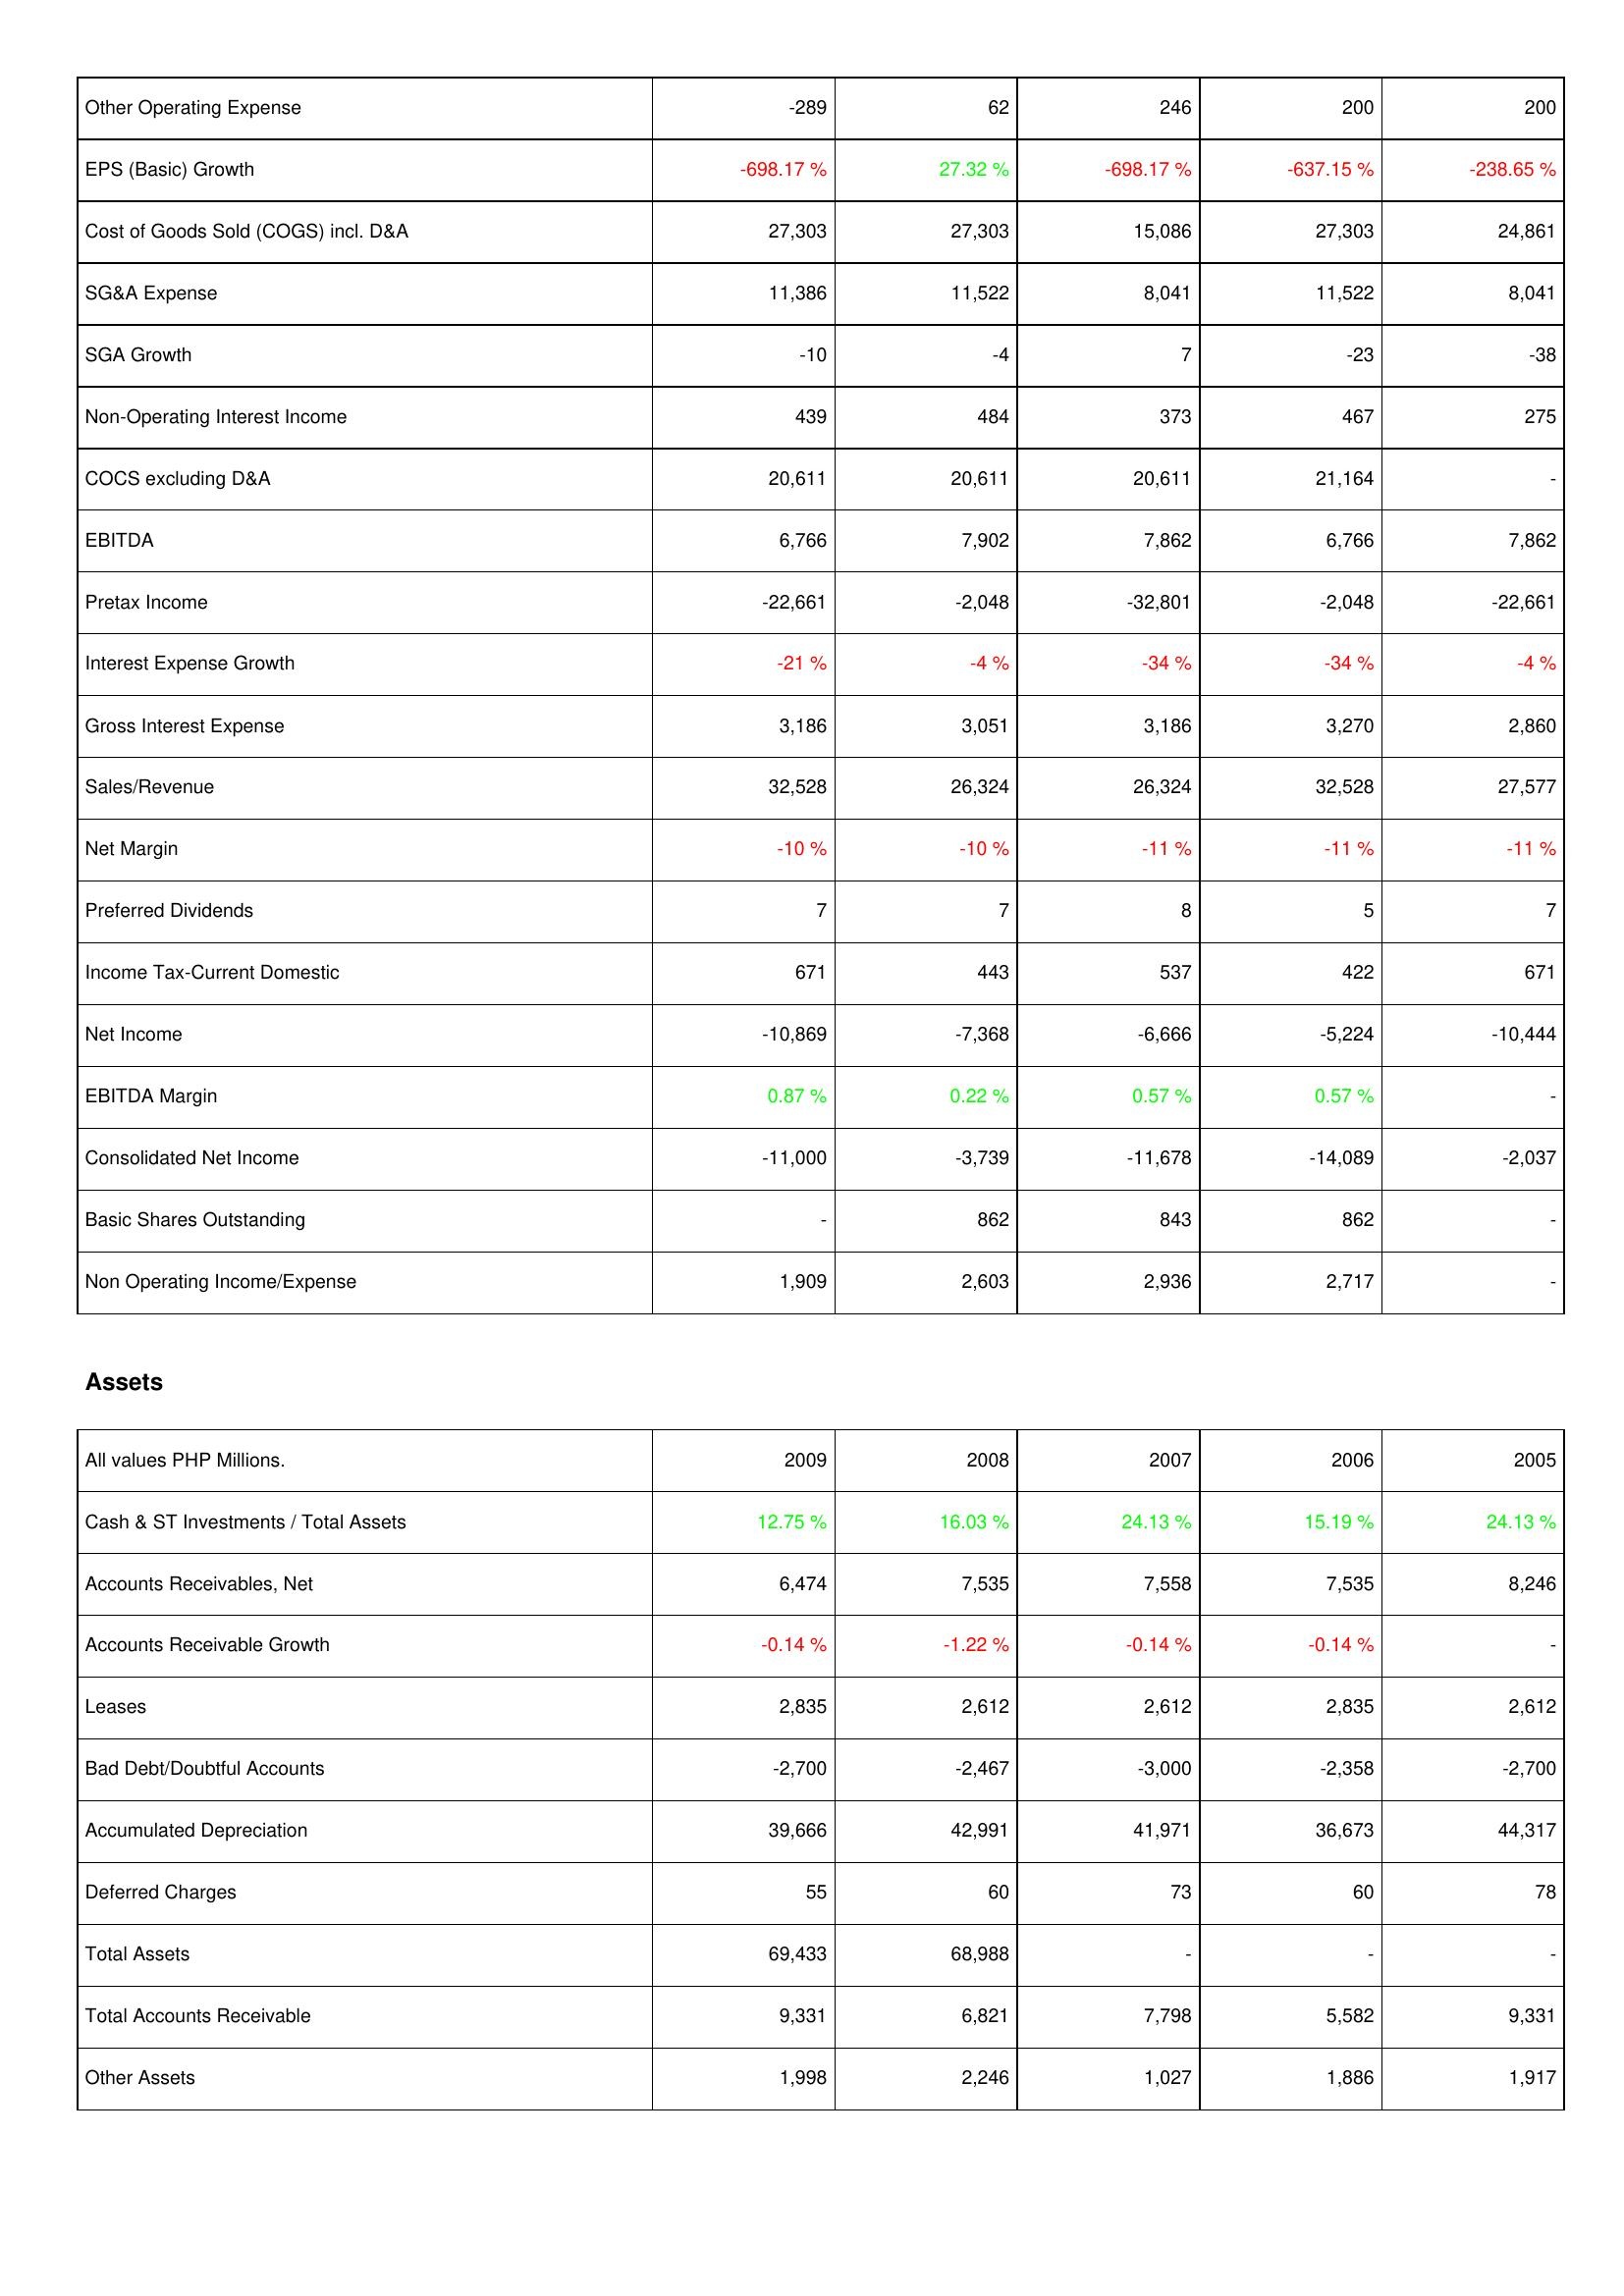
2009: Income Statement: Other Operating Expense: -289
EPS (Basic) Growth: -698.17 %
Cost of Goods Sold (COGS) incl. D&A: 27,303
SG&A Expense: 11,386
SGA Growth: -10
Non-Operating Interest Income: 439
COCS excluding D&A: 20,611
EBITDA: 6,766
Pretax Income: -22,661
Interest Expense Growth: -21 %
Gross Interest Expense: 3,186
Sales/Revenue: 32,528
Net Margin: -10 %
Preferred Dividends: 7
Income Tax-Current Domestic: 671
Net Income: -10,869
EBITDA Margin: 0.87 %
Consolidated Net Income: -11,000
Basic Shares Outstanding: -
Non Operating Income/Expense: 1,909
Assets: Cash & ST Investments / Total Assets: 12.75 %
Accounts Receivables, Net: 6,474
Accounts Receivable Growth: -0.14 %
Leases: 2,835
Bad Debt/Doubtful Accounts: -2,700
Accumulated Depreciation: 39,666
Deferred Charges: 55
Total Assets: 69,433
Total Accounts Receivable: 9,331
Other Assets: 1,998
2008: Income Statement: Other Operating Expense: 62
EPS (Basic) Growth: 27.32 %
Cost of Goods Sold (COGS) incl. D&A: 27,303
SG&A Expense: 11,522
SGA Growth: -4
Non-Operating Interest Income: 484
COCS excluding D&A: 20,611
EBITDA: 7,902
Pretax Income: -2,048
Interest Expense Growth: -4 %
Gross Interest Expense: 3,051
Sales/Revenue: 26,324
Net Margin: -10 %
Preferred Dividends: 7
Income Tax-Current Domestic: 443
Net Income: -7,368
EBITDA Margin: 0.22 %
Consolidated Net Income: -3,739
Basic Shares Outstanding: 862
Non Operating Income/Expense: 2,603
Assets: Cash & ST Investments / Total Assets: 16.03 %
Accounts Receivables, Net: 7,535
Accounts Receivable Growth: -1.22 %
Leases: 2,612
Bad Debt/Doubtful Accounts: -2,467
Accumulated Depreciation: 42,991
Deferred Charges: 60
Total Assets: 68,988
Total Accounts Receivable: 6,821
Other Assets: 2,246
2007: Income Statement: Other Operating Expense: 246
EPS (Basic) Growth: -698.17 %
Cost of Goods Sold (COGS) incl. D&A: 15,086
SG&A Expense: 8,041
SGA Growth: 7
Non-Operating Interest Income: 373
COCS excluding D&A: 20,611
EBITDA: 7,862
Pretax Income: -32,801
Interest Expense Growth: -34 %
Gross Interest Expense: 3,186
Sales/Revenue: 26,324
Net Margin: -11 %
Preferred Dividends: 8
Income Tax-Current Domestic: 537
Net Income: -6,666
EBITDA Margin: 0.57 %
Consolidated Net Income: -11,678
Basic Shares Outstanding: 843
Non Operating Income/Expense: 2,936
Assets: Cash & ST Investments / Total Assets: 24.13 %
Accounts Receivables, Net: 7,558
Accounts Receivable Growth: -0.14 %
Leases: 2,612
Bad Debt/Doubtful Accounts: -3,000
Accumulated Depreciation: 41,971
Deferred Charges: 73
Total Assets: -
Total Accounts Receivable: 7,798
Other Assets: 1,027
2006: Income Statement: Other Operating Expense: 200
EPS (Basic) Growth: -637.15 %
Cost of Goods Sold (COGS) incl. D&A: 27,303
SG&A Expense: 11,522
SGA Growth: -23
Non-Operating Interest Income: 467
COCS excluding D&A: 21,164
EBITDA: 6,766
Pretax Income: -2,048
Interest Expense Growth: -34 %
Gross Interest Expense: 3,270
Sales/Revenue: 32,528
Net Margin: -11 %
Preferred Dividends: 5
Income Tax-Current Domestic: 422
Net Income: -5,224
EBITDA Margin: 0.57 %
Consolidated Net Income: -14,089
Basic Shares Outstanding: 862
Non Operating Income/Expense: 2,717
Assets: Cash & ST Investments / Total Assets: 15.19 %
Accounts Receivables, Net: 7,535
Accounts Receivable Growth: -0.14 %
Leases: 2,835
Bad Debt/Doubtful Accounts: -2,358
Accumulated Depreciation: 36,673
Deferred Charges: 60
Total Assets: -
Total Accounts Receivable: 5,582
Other Assets: 1,886
2005: Income Statement: Other Operating Expense: 200
EPS (Basic) Growth: -238.65 %
Cost of Goods Sold (COGS) incl. D&A: 24,861
SG&A Expense: 8,041
SGA Growth: -38
Non-Operating Interest Income: 275
COCS excluding D&A: -
EBITDA: 7,862
Pretax Income: -22,661
Interest Expense Growth: -4 %
Gross Interest Expense: 2,860
Sales/Revenue: 27,577
Net Margin: -11 %
Preferred Dividends: 7
Income Tax-Current Domestic: 671
Net Income: -10,444
EBITDA Margin: -
Consolidated Net Income: -2,037
Basic Shares Outstanding: -
Non Operating Income/Expense: -
Assets: Cash & ST Investments / Total Assets: 24.13 %
Accounts Receivables, Net: 8,246
Accounts Receivable Growth: -
Leases: 2,612
Bad Debt/Doubtful Accounts: -2,700
Accumulated Depreciation: 44,317
Deferred Charges: 78
Total Assets: -
Total Accounts Receivable: 9,331
Other Assets: 1,917